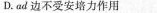
D. ad 边不受安培力作用